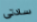
سادتى